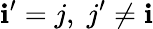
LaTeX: \mathbf{i}^{\prime}=j,\; j^{\prime}\neq\mathbf{i}